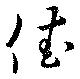
佳